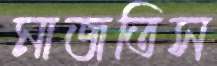
মাজতিস